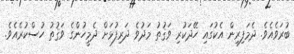
ބުރަވެއެވެ. ދެމަފިރިން އެކުގައި ހޭދަކުރި ވަޤުތު މަދުވެ ދަރިފުޅަށް ދެމީހުންގެ ވަޤުތު ހުސްކުރެއެވެ.